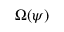
\Omega ( \psi )